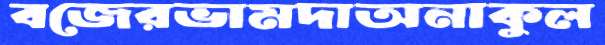
বজেরভামদাঅনাকুল